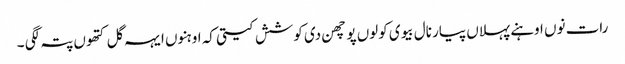
رات نوں اوہنے پہلاں پیار نال بیوی کولوں پوچھن دی کوشش کیتی کہ اوہنوں ایہہ گل کتھوں پتہ لگی ۔